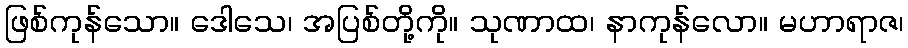
ဖြစ်ကုန်သော။ ဒေါသေ၊ အပြစ်တို့ကို။ သုဏာထ၊ နာကုန်လော။ မဟာရာဇ၊